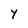
Character: Y